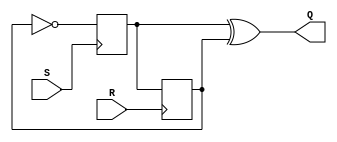
module SR_LATCH(
    input S,
    input R,
    output Q
);
reg r1 = 0;
reg r2 = 0;
assign Q = r1 ^ r2;

always @(posedge S)
    #1 r1 <= ~r2;
always @(posedge R)
    #1 r2 <= r1;
endmodule


module TH22(
    input A,
    input B,
    output Y
);

wire set = A & B;
wire hold = A | B;
SR_LATCH sr(
    .S(set),
    .R(~hold),
    .Q(Y)
);

endmodule

module TH34W22(
    input A,
    input B,
    input C,
    input D,
    output Y
);

wire set = (A & B) | (A & C) | (A & D) | (B & C) | (B & D);
wire hold = A | B | C | D;
SR_LATCH sr(
    .S(set),
    .R(~hold),
    .Q(Y)
);

endmodule